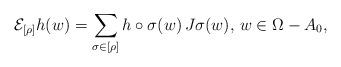
LaTeX: \begin{align*}\mathcal{E}_{[\rho]}h(w)= \sum_{ \sigma\in [\rho]}h\circ \sigma (w) \, J\sigma (w),\, w\in \Omega-A_0, \end{align*}